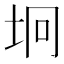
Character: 坰